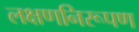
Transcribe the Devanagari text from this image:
लक्षणनिरूपण